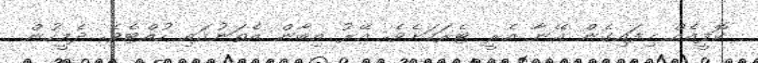
ކޮފީއެއް ހިފައިގެން އޭނާ އެރީ ޓެރަހަށެވެ. އޭރު އިބާން އެތަނުގައި ހުއްޓެވެ. ދެމީހުން